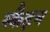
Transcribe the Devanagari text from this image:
स्कैइन